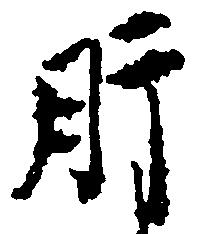
肝